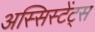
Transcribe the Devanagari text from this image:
अस्सिस्टेंट्स